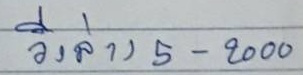
วิ่งล่าง 5 - 2000